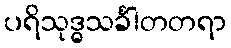
ပရိသုဒ္ဓသင်္ခါတတရာ